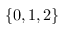
\{ 0 , 1 , 2 \}